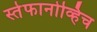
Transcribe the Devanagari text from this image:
स्तेफानोव्हिच